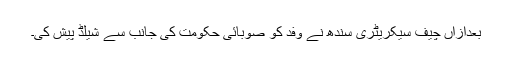
بعدازاں چیف سیکریٹری سندھ نے وفد کو صوبائی حکومت کی جانب سے شیلڈ پیش کی۔